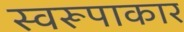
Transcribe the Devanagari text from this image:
स्वरूपाकार